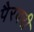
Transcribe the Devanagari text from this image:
पैरवरी